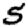
Digit: 5